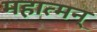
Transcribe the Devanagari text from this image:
महात्मन्‌